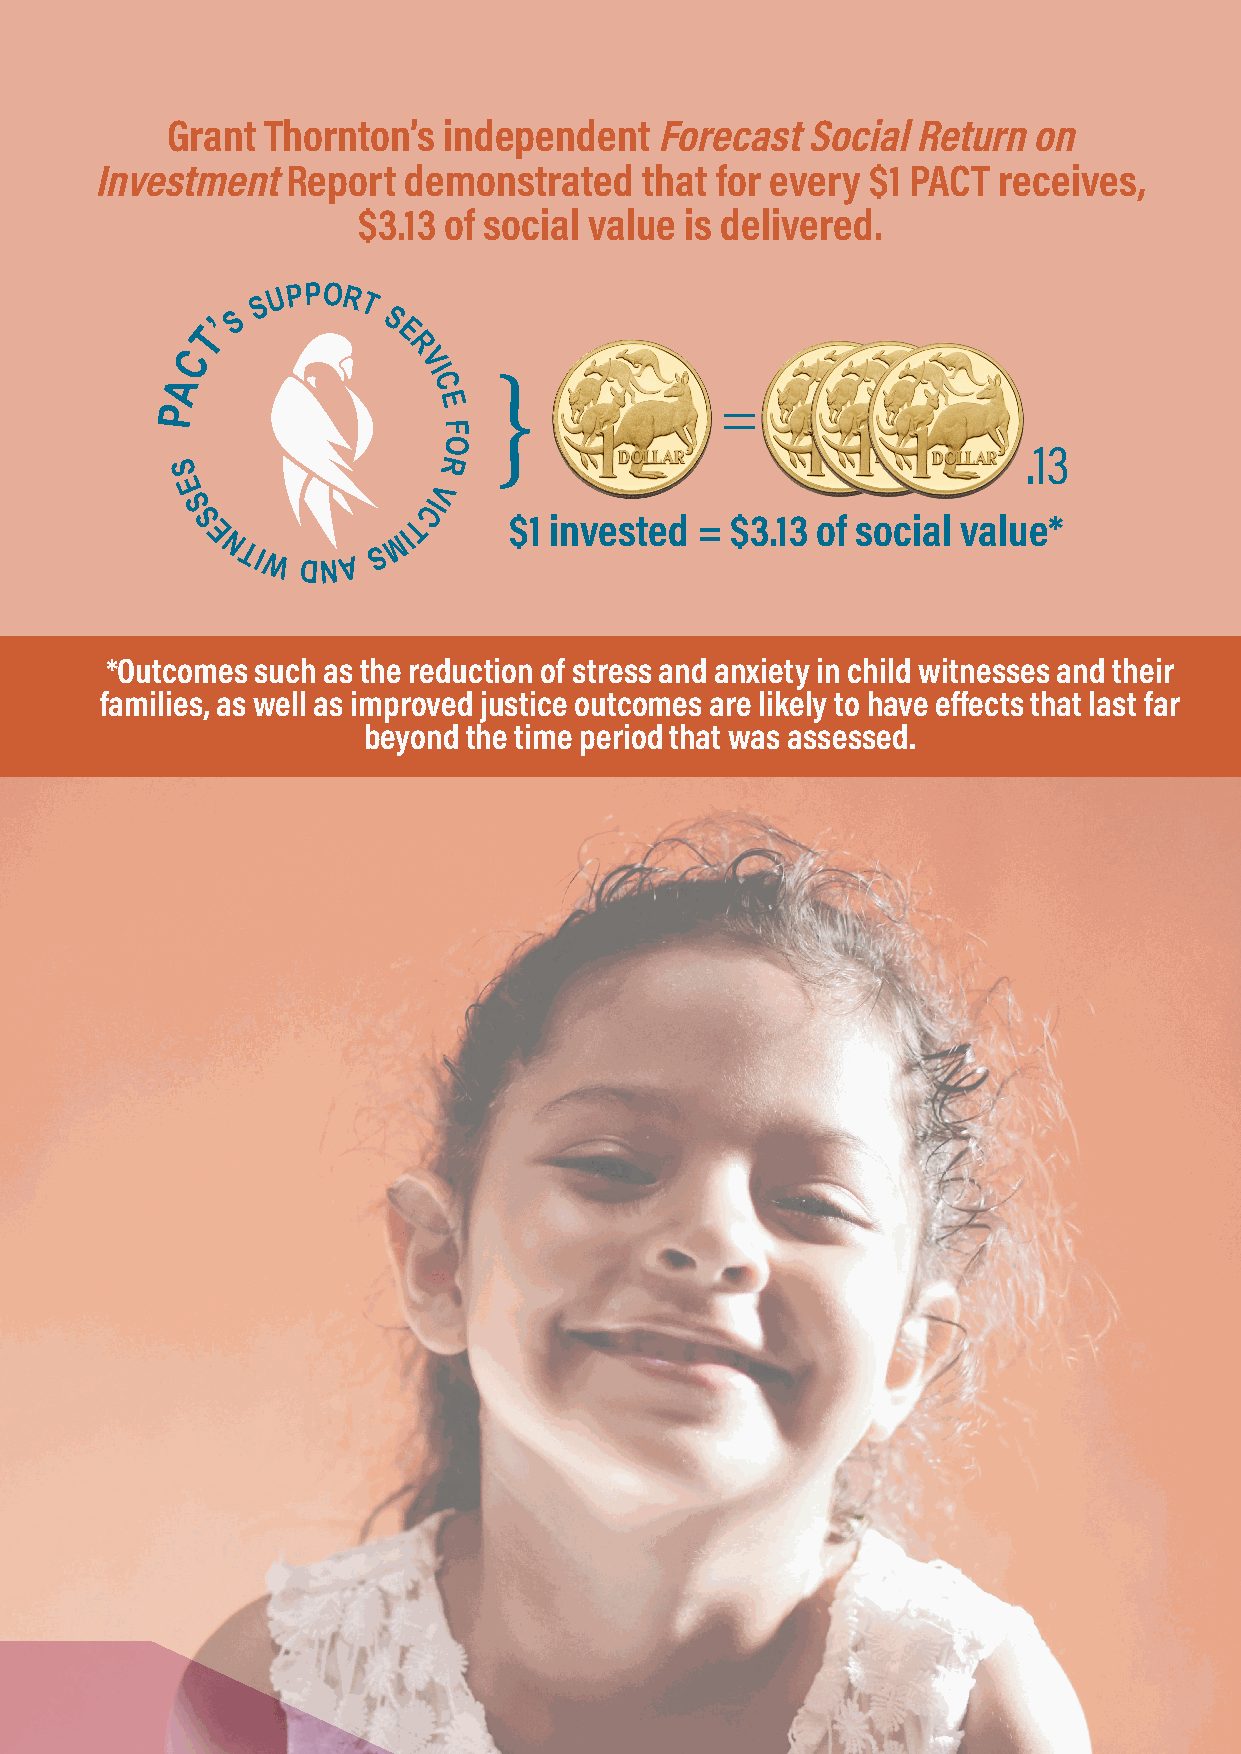
✊✊✊✊✊
 Grant Thornton’s  independent   Forecast  Social Return  on
 Investment   Report  demonstrated   that for every $1 PACT  receives,
 $3.13 of social value is delivered.
 s
 u PPor
 T
 ’s         s
 T            e
 C              r
 v
 i
 A                C    }
 P                 e                  =
 f
 o
 .13
 r
 s
 e               v
 s
 Ci
 s             T      $1 invested = $3.13 of social value*
 e           mi
 n Ti
 w  dnA
 s
 *Outcomes such as the reduction of stress and anxiety in child witnesses and their
 families, as well as improved justice outcomes are likely to have effects that last far
 beyond the time period that was assessed.